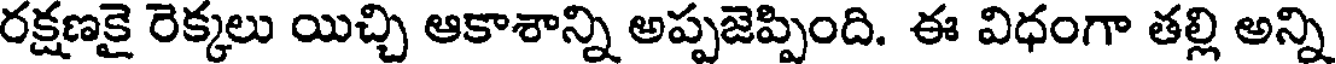
రక్షణకై రెక్కలు యిచ్చి ఆకాశాన్ని అప్పజెప్పింది. ఈ విధంగా తల్లి అన్ని